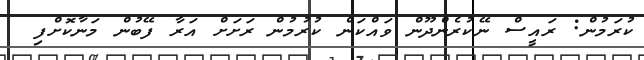
ކުރަމުން: ރައީސް ނޭކުރެންދޫން ވައްކަން ކުރުމުން ރަށަށް އަރާ ފޭބުން މަނާކޮށްފި